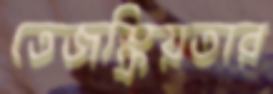
তেজস্ক্রিয়তার